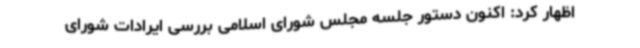
اظهار کرد: اکنون دستور جلسه مجلس شورای اسلامی بررسی ایرادات شورای